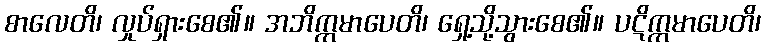
စာလေတိ၊ လှုပ်ရှားစေ၏။ အဘိက္ကမာပေတိ၊ ရှေ့သို့သွားစေ၏။ ပဋိက္ကမာပေတိ၊